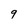
Character: 9